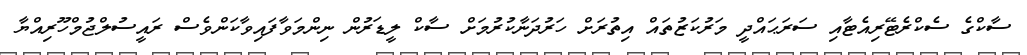
ސާކްގެ ސެކްރެޓޭރިއެޓާއި ސަރަޙައްދީ މަރުކަޒުތައް އިތުރަށް ހަރުދަނާކުރުމަށް ސާކް ލީޑަރުން ނިންމަވާފައިވާކަންވެސް ރައީސުލްޖުމްހޫރިއްޔާ